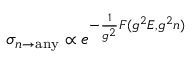
\sigma _ { n \to \mathrm { a n y } } \propto e ^ { - { \frac { 1 } { g ^ { 2 } } } F ( g ^ { 2 } E , g ^ { 2 } n ) }